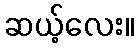
ဆယ့်လေး။